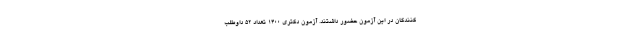
کنندگان در این آزمون حضور داشتند. آزمون دکتری ۱۴۰۰ تعداد ۵۲ داوطلب